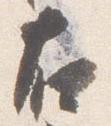
右